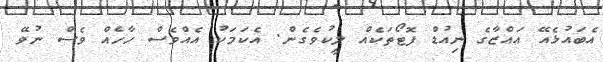
އެބައުޅެއޭ އައްޒާގެ ނިއުޑް ފޮޓޯތަކެއް ލީކުވެގެން. އެކަމަކު އެއްވެސް ހާހެއް ވެސް ނުވޭ